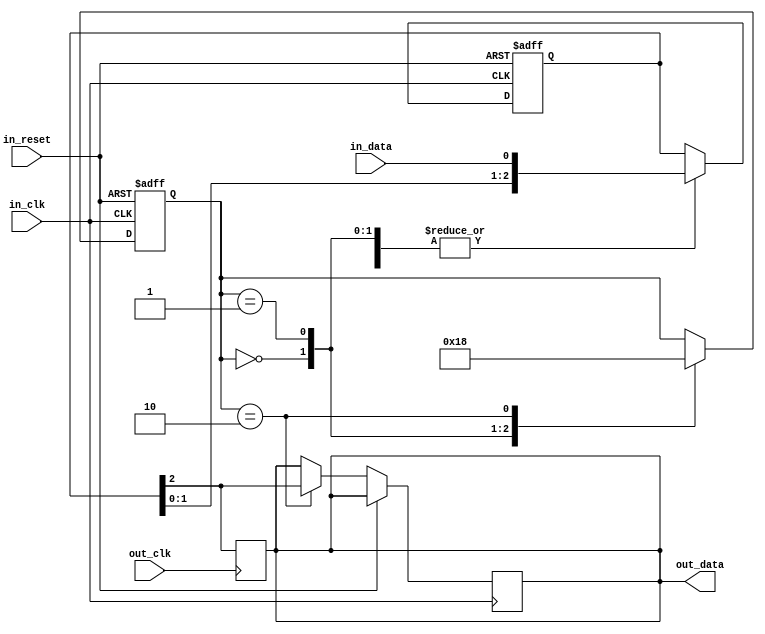
module three_flop_synchronizer(
    input wire in_clk,  // Source clock
    input wire in_reset, // Reset signal for source flip-flops
    input wire in_data, // Data input from source clock domain
    
    input wire out_clk, // Destination clock
    output reg out_data // Output synchronized data in destination clock domain
);

reg [1:0] sync_state;
reg [2:0] sync_data;

always @(posedge in_clk or posedge in_reset) begin
    if(in_reset) begin
        sync_state <= 2'b00;
        sync_data <= 3'b000;
    end else begin
        case (sync_state)
            2'b00: begin // Source flip-flop 1
                sync_data <= {sync_data[1:0], in_data};
                sync_state <= 2'b01;
            end
            2'b01: begin // Source flip-flop 2
                sync_data <= {sync_data[1:0], in_data};
                sync_state <= 2'b10;
            end
            2'b10: begin // Destination flip-flop
                sync_data <= {sync_data[1:0], in_data};
                out_data <= sync_data[2];
                sync_state <= 2'b00;
            end
        endcase
    end
end

// Synchronize the output data to the destination clock
always @(posedge out_clk) begin
    out_data <= sync_data[2];
end

endmodule